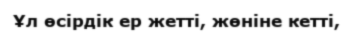
Ұл өсірдік ер жетті, жөніне кетті,